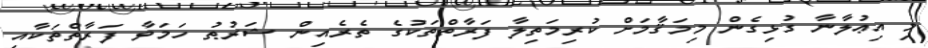
މި އިޢުލާނާ ގުޅިގެން މިމަޤާމަށް ކުރިމަތިލާ ފަރާތްތަކުގެ ތެރެއިން ޝަރުޠު ހަމަވާ ފަރާތްތަކާއި